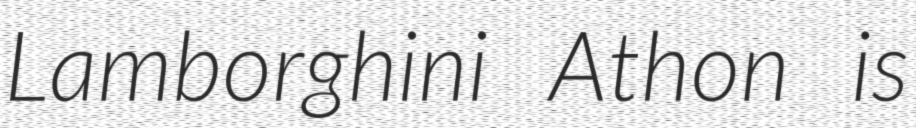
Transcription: Lamborghini Athon is